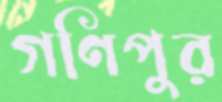
গণিপুর